Annual report of the Punjab Veterinary College and of the Civil Veterinary Department, Punjab - 1909-1919
Year: 1909
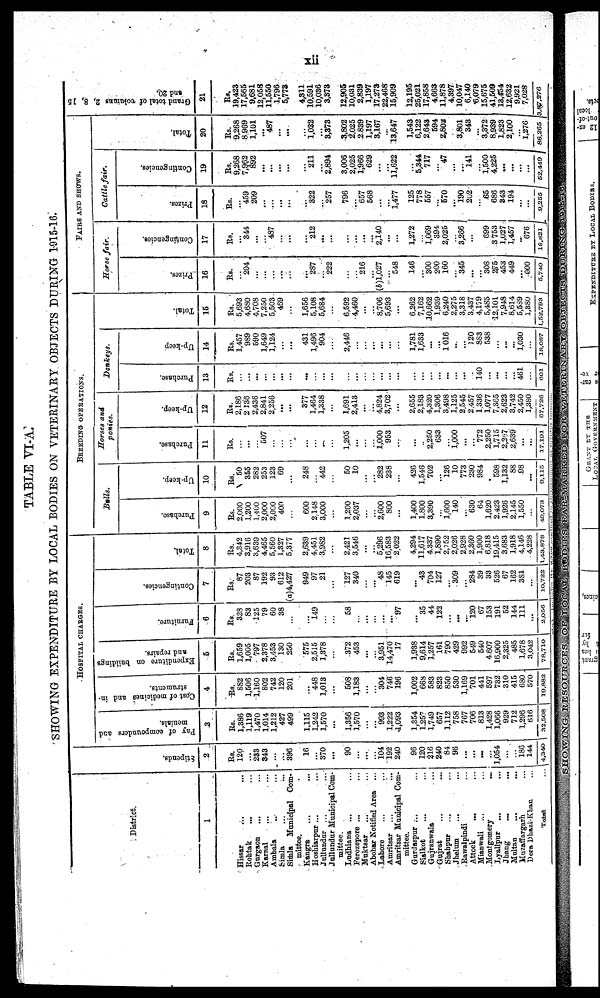
xii
TABLE VI-A.
SHOWING EXPENDITURE BY LOCAL BODIES ON VETERINARY OBJECTS DURING 1915-16.
District.
1
Hissar ... ...
Rohtak ... ...
Gurgaon ... ...
Karnal ... ...
Ambala ... ...
Simla ... ...
Simla Municipal Com-
mittee.
Kangra
...
...
Hoshiarpur ... ...
Jullundar ... ...
Jallundur Municipal Com-
mittee.
Ladhiana ... ...
Ferozepore ... ...
Muktsar ... ...
Abohar Notified Area ...
Lahore ... ...
Amritsar ...
...
Amritsar Municipal Com-
mittee.
Gurdaspur ... ...
Sialkot ... ...
Gujranwala ...
Gujrat ... ...
Shahpur
Jhelum ... ...
Rawalpindi ...
Attock
...
Mianwali ... ...
Montgomery
...
Lyallpur ... ...
Jhang
...
...
Maltan
Muzaffargarh ...
Dera Dhazi-Khan. ...
TOTAL ...
Stipends.
2
Rs.
120
...
233
343
...
...
396
16
...
370
...
90
...
...
...
104
192
240
96
120
216
240
84
96
...
...
...
...
1,054
...
...
186
144
4,340
HOSPITAL CHARGES.
Pay of compounders and
menials.
3
Rs.
1,386
1,119
1,470
1,014
1,212
427
499
1,115
1,242
1,570
...
1,356
1,570
...
...
993
1,222
1,093
1,354
1,257
1,749
657
1,112
758
767
706
813
1,428
1,066
929
712
1,296
616
32,508
Cost
of medicines and in-
struments.
4
Rs.
882
1,506
1,160
802
742
120
201
...
448
1,013
...
508
1,183
...
...
304
746
196
1,002
668
583
823
850
530
1,169
701
441
597
732
310
415
680
570
19,882
Expenditure on buildings
and repairs.
5
Rs.
1,659
1,005
797
2,378
3,453
130
250
575
2,515
1,378
...
372
453
...
...
3,951
14,470
17
1,938
9,614
1,257
161
790
429
992
549
540
4,607
16,900
2,325
485
1,678
3,042
78.710
Furniture.
6
Rs.
328
83
125
79
60
38
...
...
149
...
...
58
...
...
...
...
...
97
...
35
44
122
...
...
...
120
67
153
191
52
144
111
...
2,056
Contingencies.
7
Rs.
87
203
87
192
93
612
(a)4,427
949
97
21
...
127
340
...
...
48
145
619
...
43
704
127
...
309
...
284
39
33
526
67
162
381
...
10,722
Total.
8
Rs.
4,342
3,916
3,639
4,465
5,560
1,327
5,377
2,639
4,451
3,982
...
2,421
3,546
...
...
5,296
16,583
2,022
4,294
11,617
4,337
1,890
2,752
2,026
2,928
2,360
1,900
6,818
19,415
3,683
1,918
4,146
4,228
1,43,878
BREEBING OPERATIONS.
Bulls.
Purchase.
9
Rs.
2,000
1,200
1,400
2,000
2,000
400
600
2,148
3,000
...
1,200
2,037
...
...
2,600
800
...
1,400
1,800
3,390
...
1,600
140
...
630
64
1,620
2,423
1,926
2,145
1,550
...
40,073
Up-keep.
10
Rs.
50
355
282
253
123
69
...
248
...
442
...
50
10
...
...
282
238
...
426
1,546
702
...
126
10
773
230
984
.
598
1,132
88
98
...
9.115
Horses and
ponies.
Purchase.
11
Rs.
...
...
...
507
...
...
...
...
...
...
...
1,205
...
...
...
1,000
953
...
...
..
2,250
633
...
1,000
...
...
772
2,250
1,715
2,267
2,639
...
...
17.191
Up-keep.
12
Rs.
2,186
2 136
2,436
2,841
2,256
...
...
377
1,464
1,338
...
1,691
2,413
...
...
4,824
3,702
...
2,655
2,183
4,320
1,306
3,498
1,125
2,545
2,457
1,336
1,077
7,365
2,623
3,742
2,450
1,380
67.726
Donkeys.
Purchase.
13
Rs.
...
...
...
...
...
...
...
...
...
...
...
...
...
...
...
...
...
...
...
...
...
...
...
...
140
...
...
...
...
461
...
601
Up-keep
14
Rs.
1,457
989
590
1,649
1,124
...
...
431
1,496
904
...
2,446
...
...
...
...
...
...
1,781
1,633
...
...
1016
...
...
120
883
538
...
...
...
1,030
...
18,087
Total.
15
Rs.
5,693
4,680
4,708
7,250
5,503
469
...
1,656
5,108
5,684
...
6,592
4,460
...
...
8,706
5,693
...
6,262
7,162
10,662
1,939
6,240
2,275
3,318
3,437
4,179
5,485
12,101
7,948
8,614
5,589
1,380
l,52,793
FAIRS AND SHOWS.
Horse fair.
Prizes.
16
Rs.
...
204
...
...
...
...
...
...
287
...
222
...
...
216
...
(b)1,027
...
548
146
...
300
200
160
...
345
...
...
308
275 453
449
...
600
5,740
Contingencies.
17
Rs.
...
344
...
...
487
...
...
...
212
...
...
...
...
...
...
2,140
...
...
1,272
1,069
394
2,025
...
3,266
...
699
3 753
1,027
1,457
...
676
18,821
Cattle fair.
Prizes;
18
Rs.
...
459
209
...
...
...
...
...
322
...
257
796
...
657
568
...
...
1,477
125
778
557
...
570
...
190
202
...
65
686
343
194
...
...
9,255
Contingencies.
19
Rs.
9,268
7,962
892
...
...
...
...
...
211
...
2,894
3,006
2,025
1,966
629
...
...
11,622
...
5,344
717
...
47
...
...
141
...
1,500
4,225
...
...
...
...
52.449
total.
20
Rs.
9,268
8 969
1,101
...
487
...
...
...
1,032
...
3,373
3,802
2,025
2,839
1,197
3,167
...
13,647
1,543
6,122
2,643
594
2,802
3,801
343
...
3,372
8,939
1,823
2,100
...
1,276
86,265
Grand total of columns 2, 8, 15
and 20.
21
Rs.
19,423
17,565
9,681
12,058
11,550
1,796
5,773
4,311
10,591
10,036
3,373
12,905
10,031
2,839
1,197
17,273
22,468
15,909
12,195
25,021
17,858
4,663
11,878
4,397
10,047
6,140
6,079
15,675
41,509
13,454
12,632
9,921
7,028
3,87,276